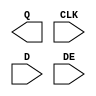
module sky130_fd_sc_hd__edfxtp (
    Q  ,
    CLK,
    D  ,
    DE
);

    output Q  ;
    input  CLK;
    input  D  ;
    input  DE ;

    // Voltage supply signals
    supply1 VPWR;
    supply0 VGND;
    supply1 VPB ;
    supply0 VNB ;

endmodule